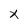
Character: x